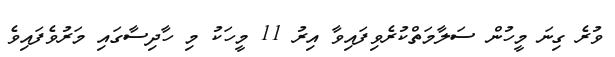
ވުރެ ގިނަ މީހުން ސަލާމަތްކުރެވިފައިވާ އިރު 11 މީހަކު މި ހާދިސާގައި މަރުވެފައިވެ